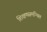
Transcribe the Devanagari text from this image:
शिक्षणसमन्वित